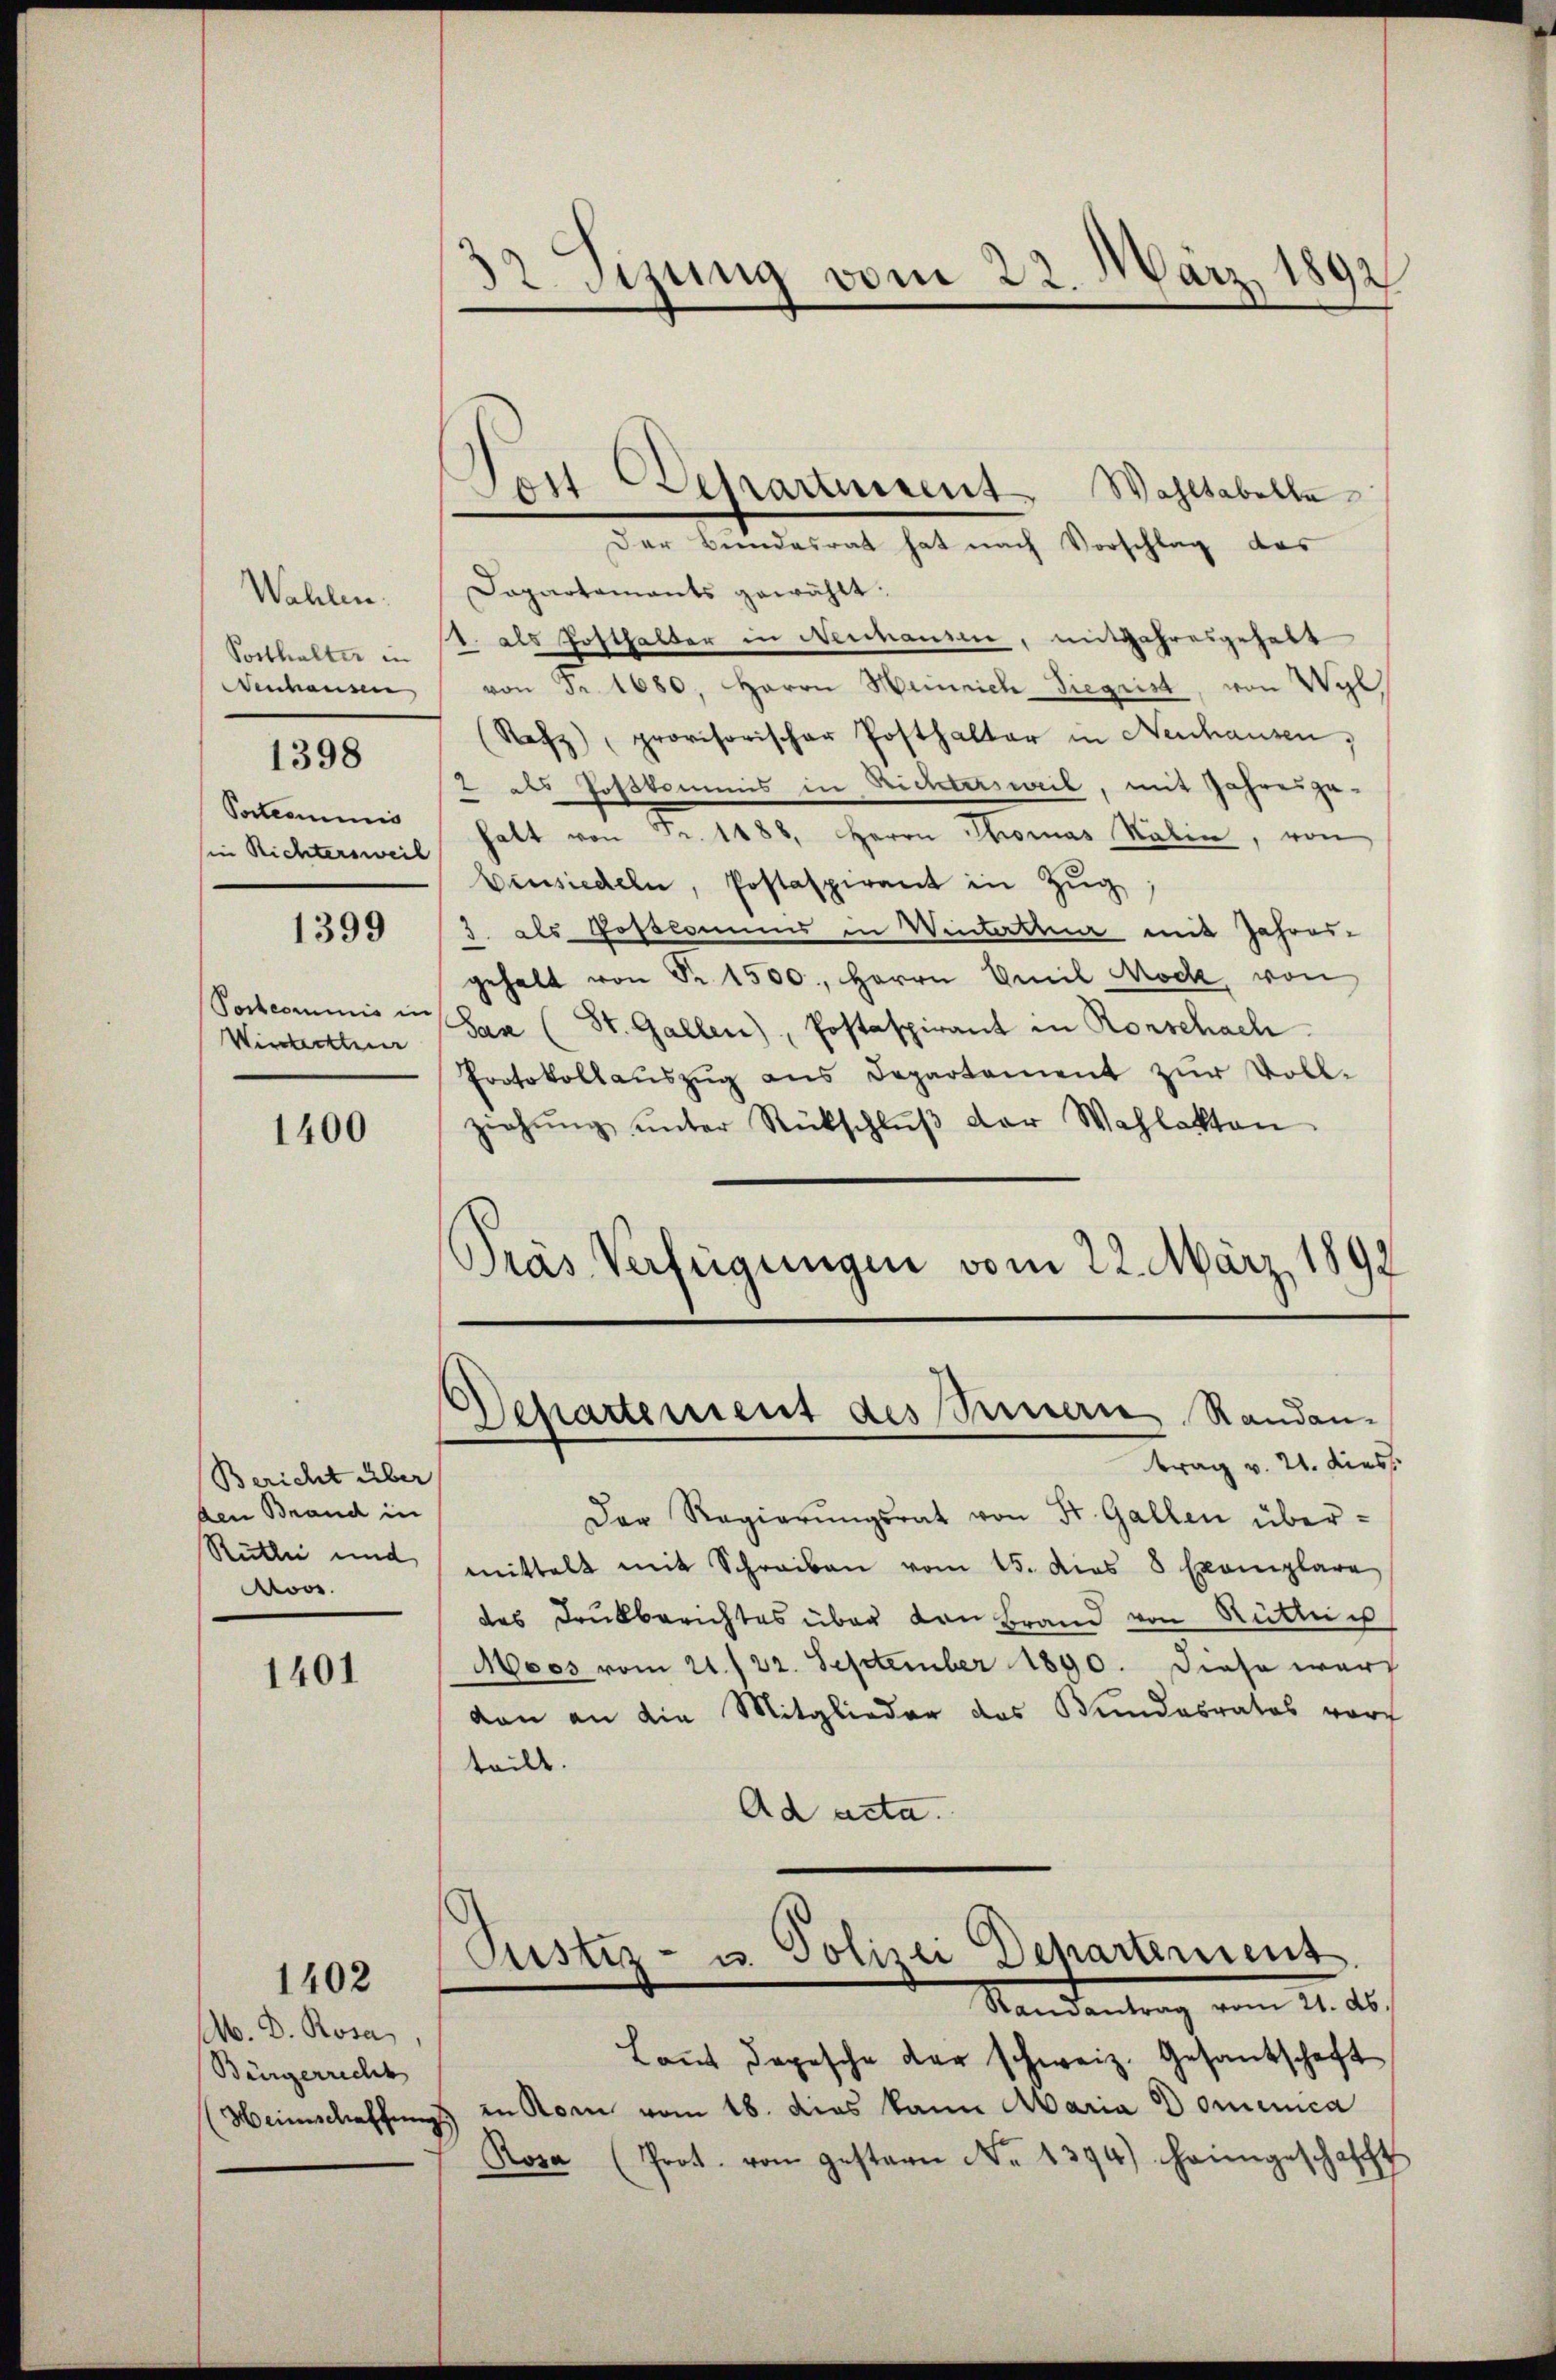
Wahlen.
Posthalter in
enhausen,
Pacteriums
sie Richtersweil
1399
Postcommis in
Winterthur

1398

1400

Bericht über
den Brand in
Rütli und
Moos.

1401

1402

M. D. Rosa
Bürgerrecht
Heinschaffung

32 Sizung vom 22. März 1892

Sont chartement

Departement des Seinern Randan-
trag v. 21. dies

Wahltabelle
Der Bundesrat hat nach Vorschlag des
Dapartaments gewählt:
1. als Hofthalter in Newanden, mitfahresgehabt
von Fr. 1680, Herrn Henrich Siegrist, von Wyl
(Refz), provisorischer Posthalter in Neuhausen,
2 als Poskommis in Nichtersweil, mit Jahresgehalt von Fr. 1188, Herrn Thomas Kalen, von
Einsiedeln, Postaspirant in Zŭg
3. als Postkommis in Winterthur mit Jahres-
gehalt von Nr. 1500., Herrn Emil Mod, von
San (St. Gallen), Postaspirant in Rorschach
Protokollaŭszŭg ans Departement zŭr Voll-
ziehŭng ŭnter Rückschlŭβ der Wahlakten
Pras Verfügungen vom 22. März 1891

Der Regierŭngsrat von St. Gallen über-
mittelt mit Schreiben vom 15. dies 8 Exemplare
des Drukberichtes über von Brand von Rütte u
Moos vom 21./22. September 1890. Diese warf
don an die Mitglieder das Bundesrates vor
teilte.
Ad acta.
Justiz- u. Polizei Dehartement.
Kandentrag vom 11. Au
Laut depesche der schweiz. Gesandschaft
in Rom vom 18. dies kann Maria Dominica
Rosa (Prot. von gestern No 1394) heimgeschafft